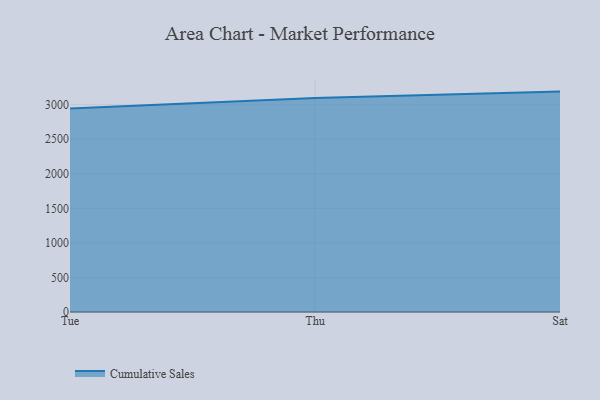
{"axis": {"x": "Day", "y": "Shipments"}, "legend": ["Cumulative Sales"], "data": [{"x": "Tue", "y": 2944.6, "type": "Cumulative Sales"}, {"x": "Thu", "y": 3096.9, "type": "Cumulative Sales"}, {"x": "Sat", "y": 3189.4, "type": "Cumulative Sales"}]}